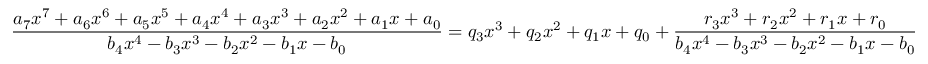
{ \frac { a _ { 7 } x ^ { 7 } + a _ { 6 } x ^ { 6 } + a _ { 5 } x ^ { 5 } + a _ { 4 } x ^ { 4 } + a _ { 3 } x ^ { 3 } + a _ { 2 } x ^ { 2 } + a _ { 1 } x + a _ { 0 } } { b _ { 4 } x ^ { 4 } - b _ { 3 } x ^ { 3 } - b _ { 2 } x ^ { 2 } - b _ { 1 } x - b _ { 0 } } } = q _ { 3 } x ^ { 3 } + q _ { 2 } x ^ { 2 } + q _ { 1 } x + q _ { 0 } + { \frac { r _ { 3 } x ^ { 3 } + r _ { 2 } x ^ { 2 } + r _ { 1 } x + r _ { 0 } } { b _ { 4 } x ^ { 4 } - b _ { 3 } x ^ { 3 } - b _ { 2 } x ^ { 2 } - b _ { 1 } x - b _ { 0 } } }